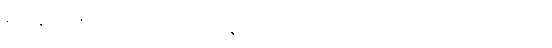
ရဟန်းတို့၏လည်းကောင်း။ အနာပတ္တိ (ဟောတိ)၊ သူစိဃရတာ၊ အပ်ဗူး၏